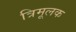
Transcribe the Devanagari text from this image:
त्रिमूलक